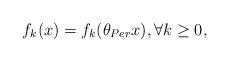
LaTeX: \begin{align*}f_k(x)=f_k(\theta_{Per}x),\forall k\geq 0,\end{align*}